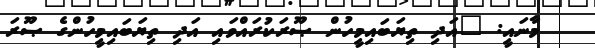
މާނައީ: "އަދި ތިޔަބައިމީހުން ޞޫރަކުރައްވައި އަދި ތިޔަބައިމީހުންގެ ޞޫރަ